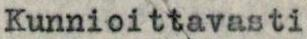
Kunnioittavasti